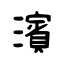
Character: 濱